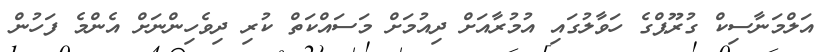
އަލްމަނާސިކް ގުރޫޕްގެ ހަވާލުގައި އުމުރާއަށް ދިއުމަށް މަސައްކަތް ކުރި ދިވެހިންނަށް އެންމެ ފަހުން